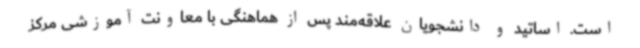
است. اساتید و دانشجویان علاقه‌مند پس از هماهنگی با معاونت آموزشی مرکز